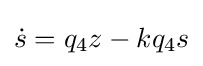
{\dot {s}}=q_{4}z-kq_{4}s